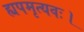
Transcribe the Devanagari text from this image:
ह्यपमृत्यवः।